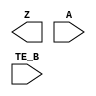
/**
 * Copyright 2020 The SkyWater PDK Authors
 *
 * Licensed under the Apache License, Version 2.0 (the "License");
 * you may not use this file except in compliance with the License.
 * You may obtain a copy of the License at
 *
 *     https://www.apache.org/licenses/LICENSE-2.0
 *
 * Unless required by applicable law or agreed to in writing, software
 * distributed under the License is distributed on an "AS IS" BASIS,
 * WITHOUT WARRANTIES OR CONDITIONS OF ANY KIND, either express or implied.
 * See the License for the specific language governing permissions and
 * limitations under the License.
 *
 * SPDX-License-Identifier: Apache-2.0
 */

`ifndef SKY130_FD_SC_LP__BUSDRIVERNOVLP_BLACKBOX_V
`define SKY130_FD_SC_LP__BUSDRIVERNOVLP_BLACKBOX_V

/**
 * busdrivernovlp: Bus driver, enable gates pulldown only (pmoshvt
 *                 devices).
 *
 * Verilog stub definition (black box without power pins).
 *
 * WARNING: This file is autogenerated, do not modify directly!
 */

`timescale 1ns / 1ps
`default_nettype none

(* blackbox *)
module sky130_fd_sc_lp__busdrivernovlp (
    Z   ,
    A   ,
    TE_B
);

    output Z   ;
    input  A   ;
    input  TE_B;

    // Voltage supply signals
    supply1 VPWR;
    supply0 VGND;
    supply1 VPB ;
    supply0 VNB ;

endmodule

`default_nettype wire
`endif  // SKY130_FD_SC_LP__BUSDRIVERNOVLP_BLACKBOX_V